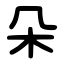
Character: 朵